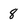
Character: 8